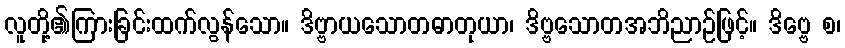
လူတို့၏ကြားခြင်းထက်လွန်သော။ ဒိဗ္ဗာယသောတဓာတုယာ၊ ဒိဗ္ဗသောတအဘိညာဉ်ဖြင့်။ ဒိဗ္ဗေ စ၊